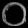
Digit: ၀